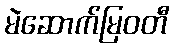
မဲဆောက်မြဝတီ